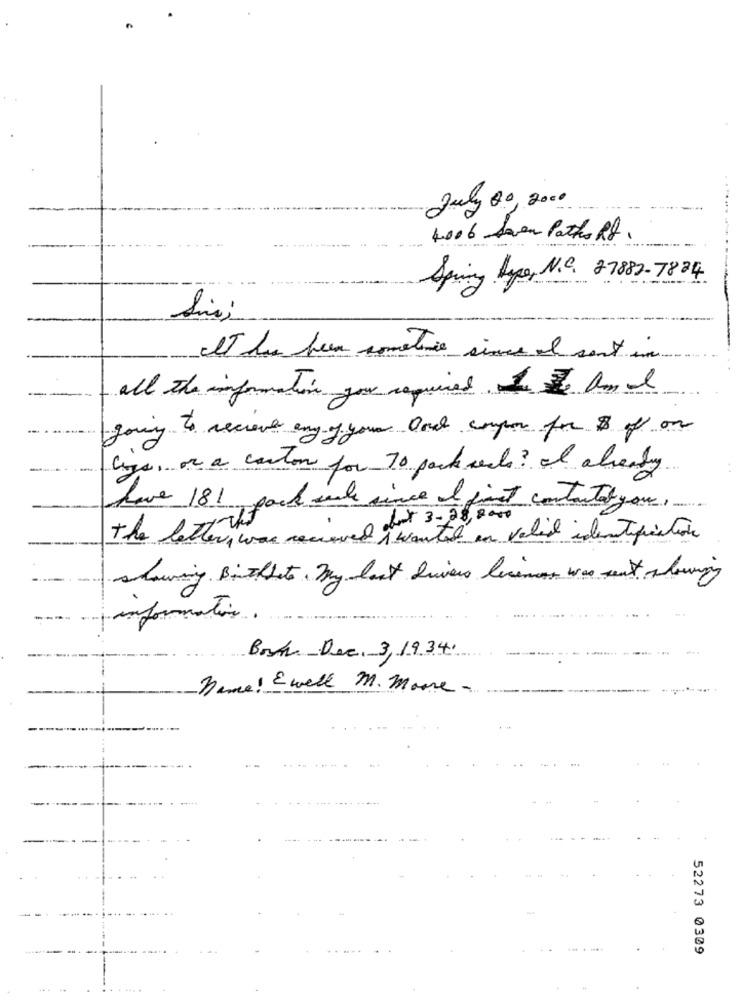
July 20, 2000
4006 Seven Paths Rt.
Spring Type, N.C. 27882-7824
-...
It has been sometime since al sont in
all the information you required I am I
going to receive any of your Ona compon for 8 of on
lys, or a coulon for 70 packs seals? I already
have 181 pack sale since I first contactal you.
The letterhet
a chut 3-28, 8000
V1 was received i wanted in veled identification
showing Birthdate. my last Divers liceman was sent alowing
information.
Both Dec, 3,1934.
name! Ewell M. Moore-
52273 0309